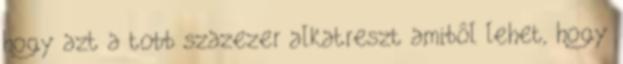
hogy azt a tobb szazezer alkatreszt amibôl lehet, hogy